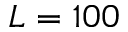
L = 1 0 0